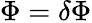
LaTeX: \Phi=\delta\Phi